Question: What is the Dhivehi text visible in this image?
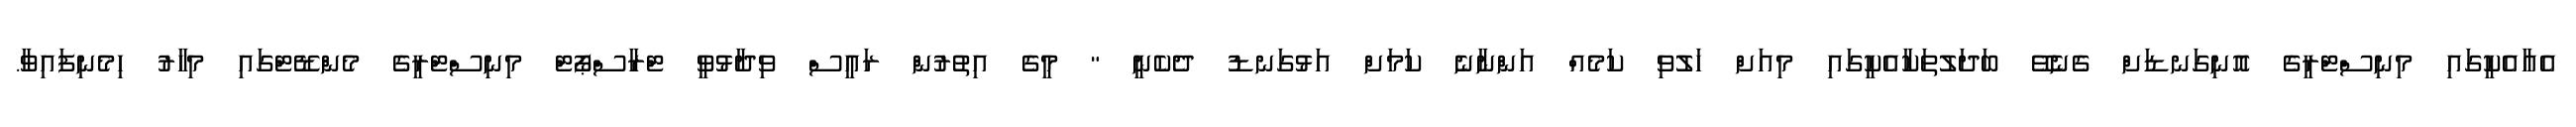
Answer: އެއާއެކީގައި މިނިސްޓްރީގެ އޮނިގަނޑަށް ގެނެވޭ ބަދަލުތަކާއެކީގައި މިއަށް ހަލުވި ކަމެއް އަންނާނެ ކަމަށް އަޅުގަނޑު ދެކެނީ " މީގެ އިތުރުން ރައީސް ވިދާޅުވީ ޓްރާސްޕޯޓް މިނިސްޓްރީގެ މެންޑޭޓްގައި މިހާރު ހިމެނިފައިވާ.